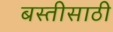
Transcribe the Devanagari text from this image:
बस्तीसाठी